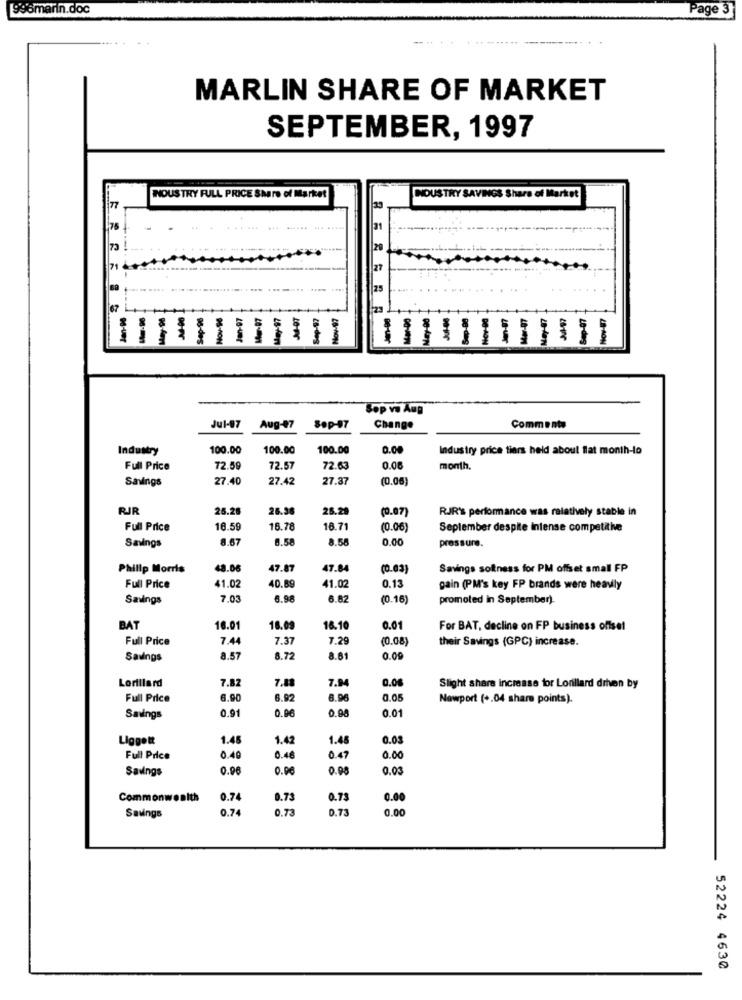
996marin.doc
Page 3
MARLIN SHARE OF MARKET
SEPTEMBER, 1997
NOUSTRY FULL PRICE Share of Market
NOUSTRY SAVINGS Share of Market
73
71
1.67
LO
95-ON
Sop va Aup
Jul-87
Aug-07
8op-97
Change
Commento
Industry
100.00
100.00
100.00
0.00
Industry price tiers held about flat month-to
Full Price
72.59
72.57
72.63
0.00
month.
Savings
27.40
27.42
27.37
(0.06)
RIR
25.28
26.38
28.28
(0.07)
RJR's performance was relatively stable in
Full Price
16.59
16.78
18.71
(0.06)
September despite intense competitive
3.67
8.58
3.56
0.00
pressure.
Savings
Philip Morris
8.06
47.87
47.84
(0.03)
Savings softness for PM offset small FP
41.02
40.89
41.02
0.15
Full Price
gain (PM's key FP brands were heavily
Savings
7.03
6.98
6.82
(0.16)
promoted in September).
BAT
16.01
18.09
16.10
0.01
For BAT, decline on FP business offset
Full Price
7.44
7.37
7.29
(0.08)
their Savings (GPC) increase.
Savings
8.57
8.72
8.61
0.09
Lorillard
7.82
7.94
0.08
7.82
Slight share increase for Lorillard drhen by
Full Price
6.90
6.92
6.96
0.05
Newport (+.04 share points).
0.91
0.96
0.90
0.01
Savings
Liggott
1.45
1.42
1.48
0.03
Full Price
0.40
0.46
0.47
0.00
Savings
0.96
0.00
0.0
0.03
Commonwealth
0.74
0.73
0.73
0.00
Savings
0.74
0.73
0.73
0.00
52224 4630